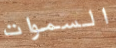
السموات